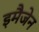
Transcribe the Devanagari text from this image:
इमैजेन